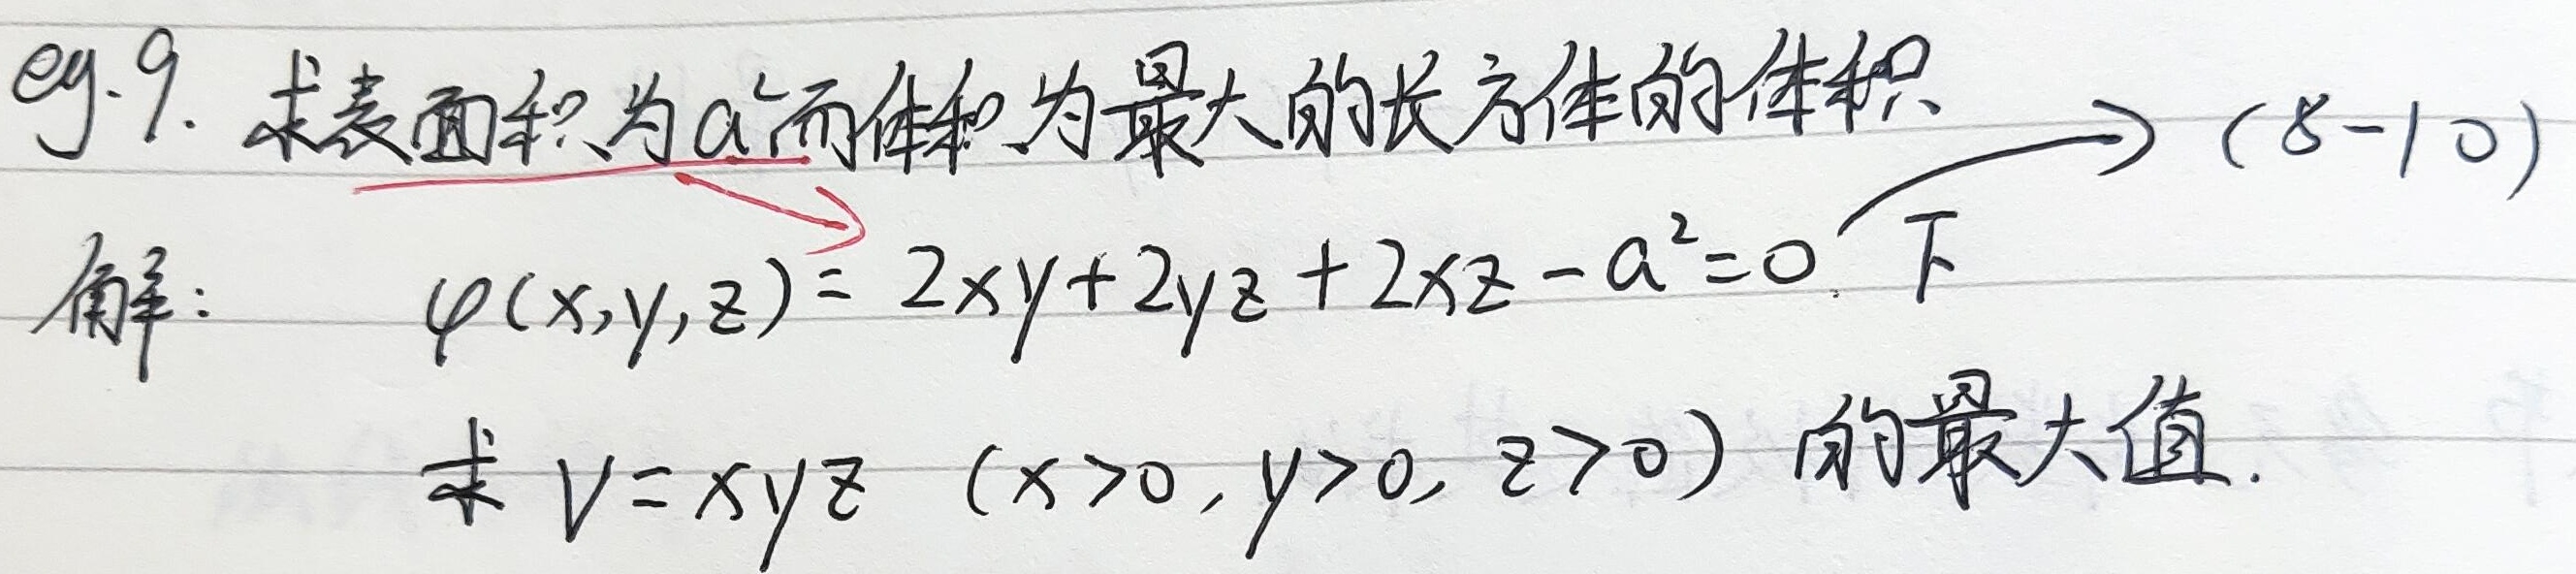
eg. 9. 求表面积为\(a^{2}\)而体积为最大的长方体的体积 $\to$ (8 - 10)
解：
\(\varphi(x,y,z)=2xy + 2yz+2xz - a^{2}=0\) 下
求 \(V = xyz\ (x>0,y>0,z>0)\) 的最大值.